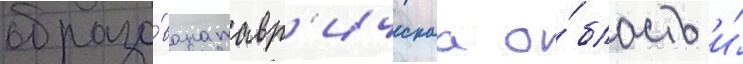
образо́вана тавр'ическаа о́бласть и́